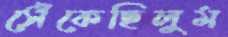
সেঁকেছিলুম